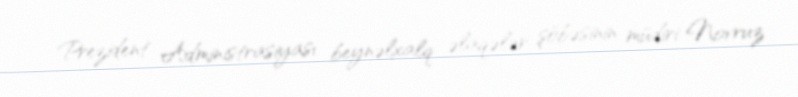
Prezident Administrasiyası beynəlxalq əlaqələr şöbəsinin müdiri Novruz